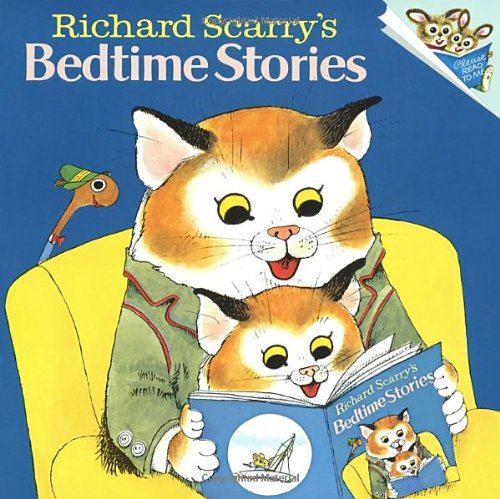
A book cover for Richard Scarry's Bedtime Stories (Pictureback(R)); Richard Scarry; Literature & Fiction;